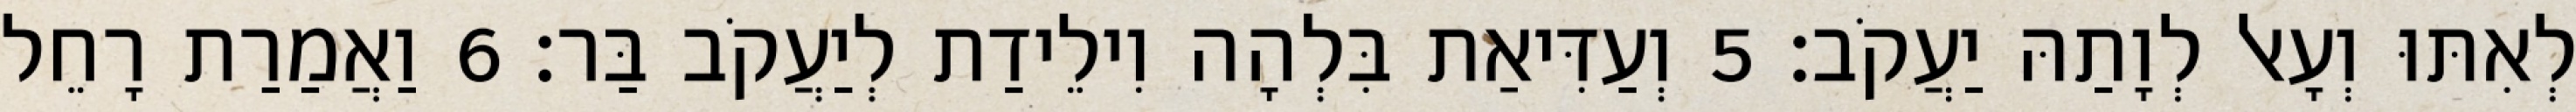
לְאִתּוּ וְעָאל לְוָתַהּ יַעֲקֹב׃ 5 וְעַדִּיאַת בִּלְהָה וִילֵידַת לְיַעֲקֹב בַּר׃ 6 וַאֲמַרַת רָחֵל